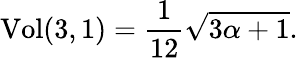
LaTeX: \mathrm{Vol}(3,1)=\frac{1}{12}\sqrt{3\alpha+1}.